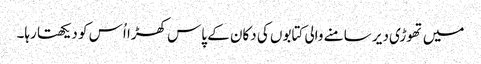
میں تھوڑی دیر سامنے والی کتابوں کی دکان کے پاس کھڑا اُس کو دیکھتا رہا۔